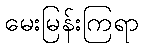
မေးမြန်းကြရာ